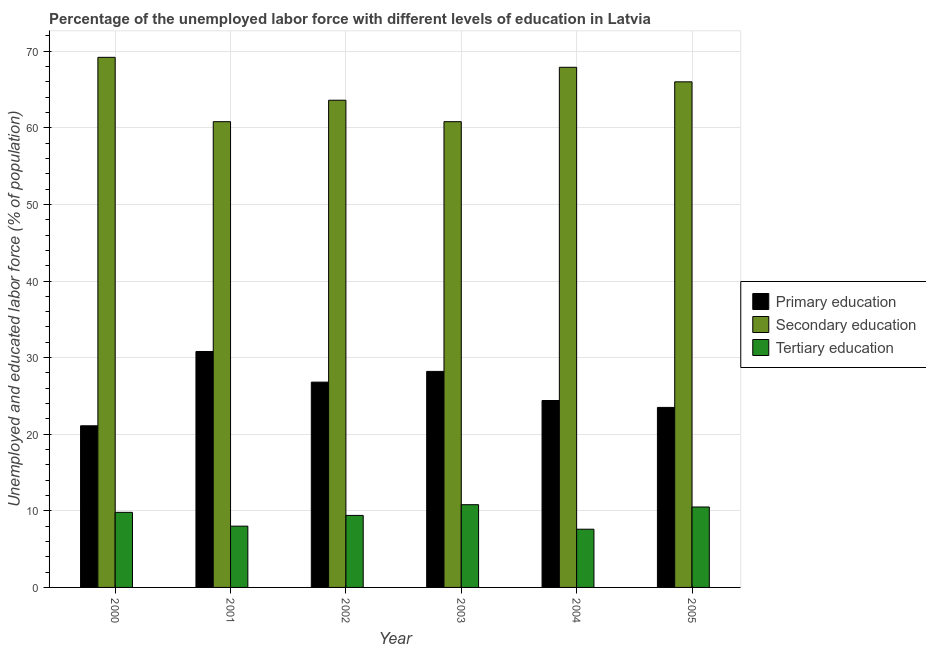
| Year | Primary education | Secondary education | Tertiary education |
 | --- | --- | --- | --- |
 | 2000 | 21.1 | 69.2 | 9.8 |
 | 2001 | 30.8 | 60.8 | 8 |
 | 2002 | 26.8 | 63.6 | 9.4 |
 | 2003 | 28.2 | 60.8 | 10.8 |
 | 2004 | 24.4 | 67.9 | 7.6 |
 | 2005 | 23.5 | 66 | 10.5 |